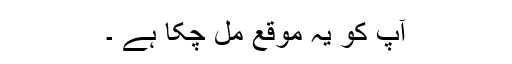
آپ کو یہ موقع مل چکا ہے ۔